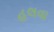
હલવા